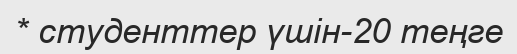
* студенттер үшін-20 теңге